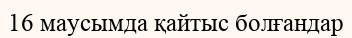
16 маусымда қайтыс болғандар